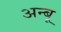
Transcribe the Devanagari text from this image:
अन्बू